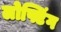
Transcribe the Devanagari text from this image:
लोफ्टिंग